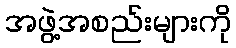
အဖွဲ့အစည်းများကို